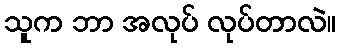
သူက ဘာ အလုပ် လုပ်တာလဲ။